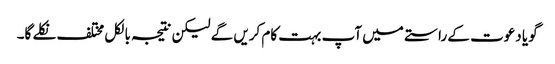
گویا دعوت کے راستے میں آپ بہت کام کریں گے لیکن نتیجہ بالکل مختلف نکلے گا۔